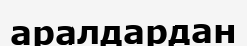
аралдардан